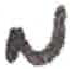
אות: מ